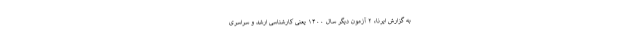
به گزارش ایرنا، ۲ آزمون دیگر سال ۱۴۰۰ یعنی کارشناسی ارشد و سراسری